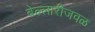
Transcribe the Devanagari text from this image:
बेल्लारीजवळ